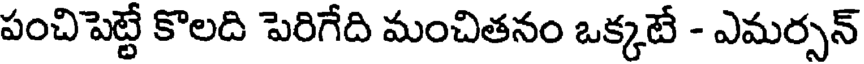
పంచిపెట్టే కొలది పెరిగేది మంచితనం ఒక్కటే - ఎమర్సన్